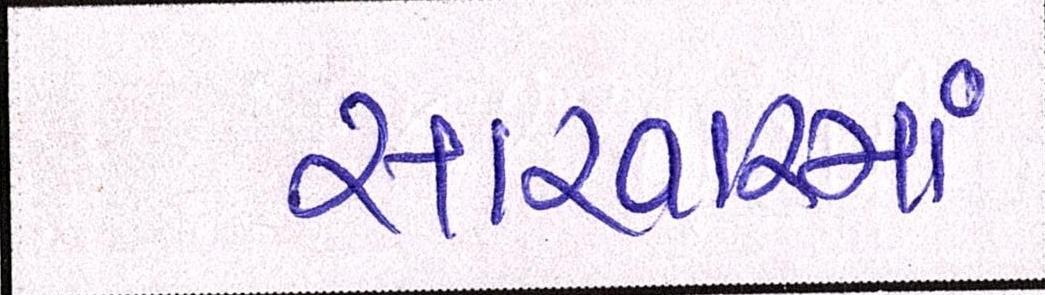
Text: સારવારમાં